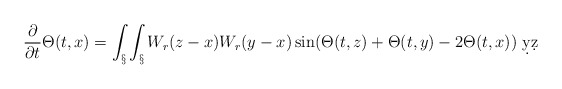
\begin{align*}\frac{\partial}{\partial t} \Theta(t,x) = \int_\S \int_\S W_r(z-x)W_r(y-x) \sin(\Theta(t,z)+\Theta(t,y)-2\Theta(t,x))\ \d y \d z\end{align*}